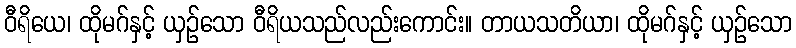
ဝီရိယေ၊ ထိုမဂ်နှင့် ယှဉ်သော ဝီရိယသည်လည်းကောင်း။ တာယသတိယာ၊ ထိုမဂ်နှင့် ယှဉ်သော